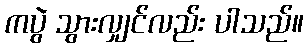
ကပွဲ သွားလျှင်လည်း ပါသည်။